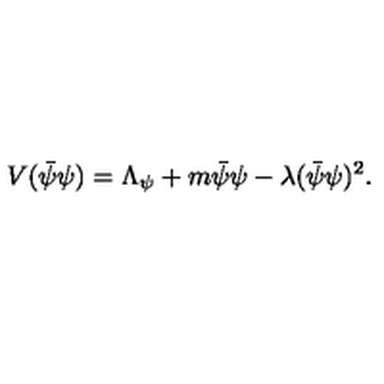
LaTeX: V ( \bar { \psi } \psi ) = \Lambda _ { \psi } + m \bar { \psi } { \psi } - \lambda ( \bar { \psi } \psi ) ^ { 2 } .